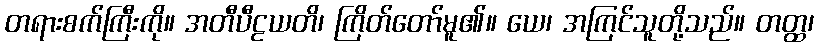
တရားစက်ကြီးကို။ အတီပီဠယတိ၊ ကြိတ်တော်မူ၏။ ယေ၊ အကြင်သူတို့သည်။ တတ္ထ၊